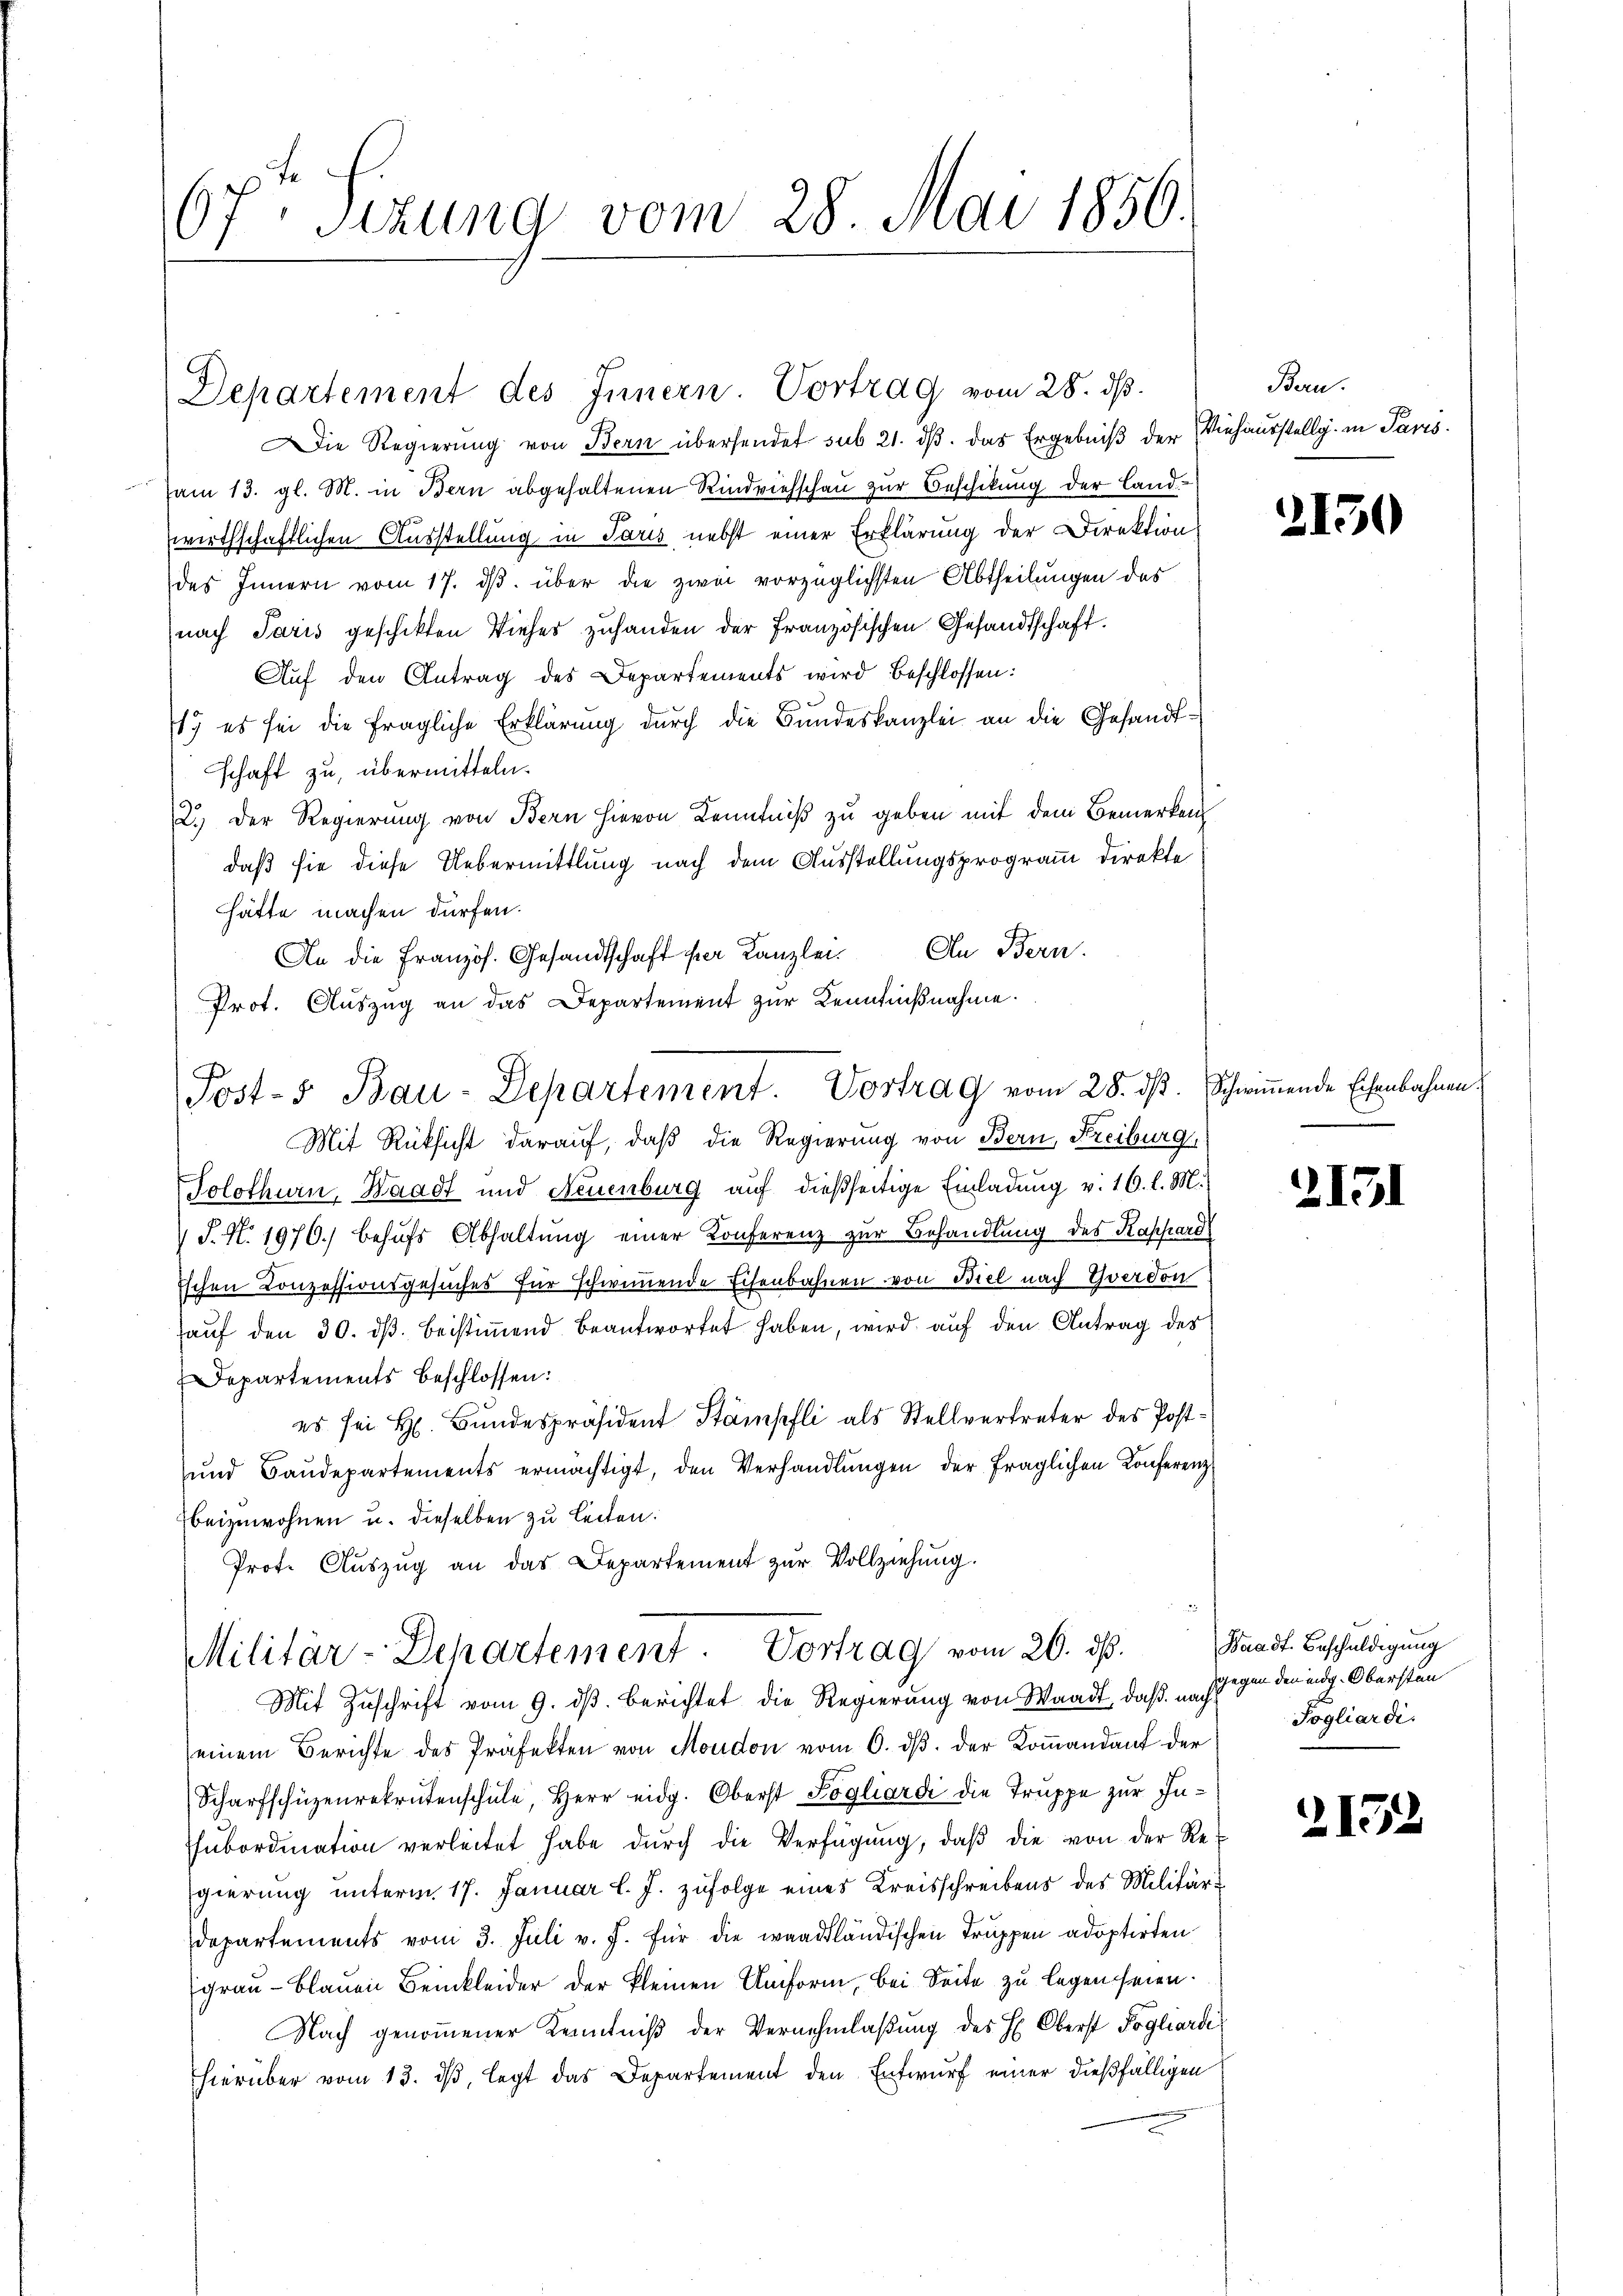
67. Sizung vom 28. Mai 1850.

ie Regierung von Bern übersendet sub 21. dβ das Ergebniß der Viehausstellg. in Paris
am 13. gl. M. in Bern abgehaltenen Rindviehschau zur Beschikung der Landwirthschaftlichen Ausstellung in Paris nebst einer Erklärung der Direktion
des Innern vom 17. dβ über die zwei vorzüglichsten Abtheilungen des
nach Paris geschikten Viehes zuhanden der Französischen Gesandtschaft.
Auf den Antrag des Departements wird beschlossen:
17 es sei die fragliche Erklärung durch die Bundeskanzlei an die Gesandtschaft zu, übermitteln.
2.) Der Regierung von Bern hievon Kenntniß zu geben mit dem Bemerken
daß sie diese Uebermittlung nach dem Ausstellungsprogramm direkte
hätte machen dürfen.
An die Französ. Gesandtschaft ser Kanzlei. An Bern.
Prot. Auszug an das Departement zur Kenntnißnahme.
Post-5 Bau-Departement. Vortrag vom 28. ds. Schwimmende Eisenbahnen
Mit Rüksicht darauf, daß die Regierung von Bern, Freiburg,
Solothurn, Waadt und Neuenburg auf dießseitige Einladung v. 16. l. M.
 J. N. 1970.) behŭfs Abhaltŭng einer Konferenz zur Behandlung des Kappard
Eschen Conzessionsgesuches für schwimmende Eisenbahnen von Biel nach Yverdon
auf den 30. dβ beistiṁend beantwortet haben, wird auf den Antrag des
Departements beschlossen:
es sei H. Bundespräsident Stämpfli als Stellvertreter des Post¬
und Baŭdepartements ermächtigt, den Verhandlŭngen der fraglichen Konferenzbeizuwohnen u. dieselben zu leiten.
Prot. Auszug an das Departement zur Vollziehung.

Departement des Innern. Vortrag vom 28. ds.

Militär-Departement. Vortrag vom 26. ds.

Bern.

Mit Zuschrift vom 9. dß. berichtet die Regierung von Waadt, daß gegen den eidg. Obersten
einem Berichte des Präfekten von Moudon vom 6. dβ. der Koṁandant der
Scharfschüzenrekrutenschule, Herr eidg. Oberst Sogliardi die Truppe zur Inhubordiation verleitet habe dŭrch die Verfügŭng, daβ die von der Re
gierung unterm 17. Januar l. J. zufolge eines Kreisschreibens des Militärdepartements vom 3. Juli v. J. für die waadtländischen Truppen adoptirten
grau - Blauen Beinkleider der kleinen Uniform, bei Seite zu legen seien.
Nach genommener Kenntniß der Vernehmlaßung des H. Oberst Fogliardi
hierüber vom 13. dβ, legt das Departement den Entwurf einer dießfälligen

2130

2131

Waadt. Beschuldigung
Jogliardi.

2132